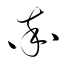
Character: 率